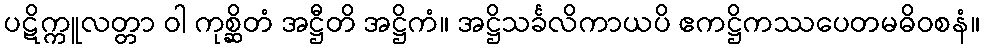
ပဋိက္ကူလတ္တာ ဝါ ကုစ္ဆိတံ အဋ္ဌီတိ အဋ္ဌိကံ။ အဋ္ဌိသင်္ခလိကာယပိ ဧကဋ္ဌိကဿပေတမဓိဝစနံ။